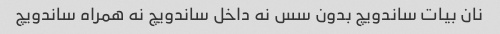
نان بیات ساندویچ بدون سس نه داخل ساندویچ نه همراه ساندویچ